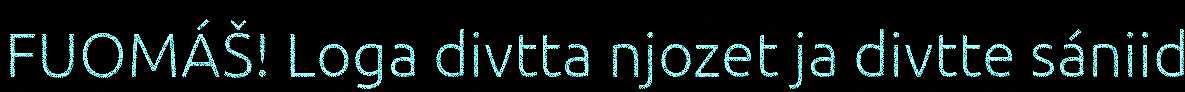
FUOMÁŠ! Loga divtta njozet ja divtte sániid